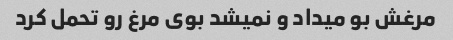
مرغش بو میداد و نمیشد بوی مرغ رو تحمل کرد